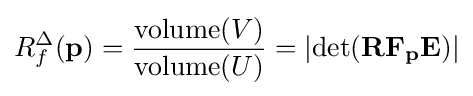
R_{f}^{\Delta }(\mathbf {p} )={\frac {\operatorname {volume} (V)}{\operatorname {volume} (U)}}=\left|\operatorname {det} (\mathbf {RF_{p}E} )\right|